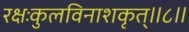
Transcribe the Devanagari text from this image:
रक्षःकुलविनाशकृत्‌॥८॥